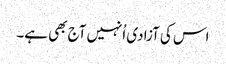
اس کی آزادی اُنہیں آج بھی ہے۔